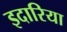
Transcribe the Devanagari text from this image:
इदारिया